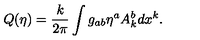
Q ( \eta ) = { \frac { k } { 2 \pi } } \int g _ { a b } \eta ^ { a } A _ { k } ^ { b } d x ^ { k } .